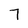
Character: 7